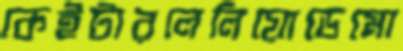
কেইটারলেলিয়োডেমো